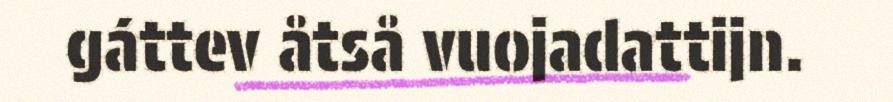
gáttev åtså vuojadattijn.